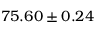
7 5 . 6 0 \pm 0 . 2 4